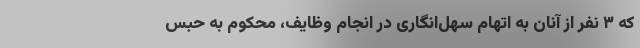
که ۳ نفر از آنان به اتهام سهل‌انگاری در انجام وظایف، محکوم به حبس